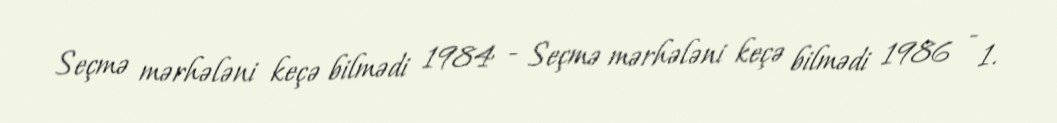
Seçmə mərhələni keçə bilmədi 1984 - Seçmə mərhələni keçə bilmədi 1986 - 1.